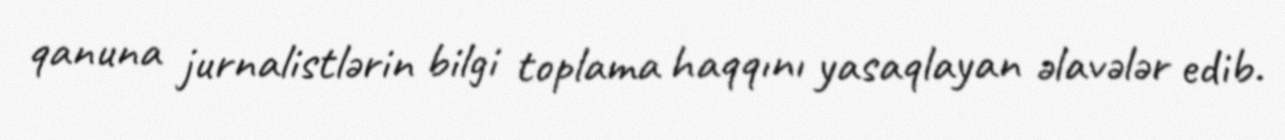
qanuna jurnalistlərin bilgi toplama haqqını yasaqlayan əlavələr edib.